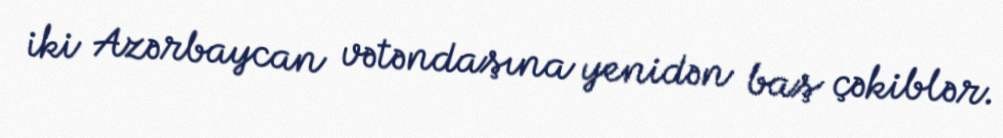
iki Azərbaycan vətəndaşına yenidən baş çəkiblər.